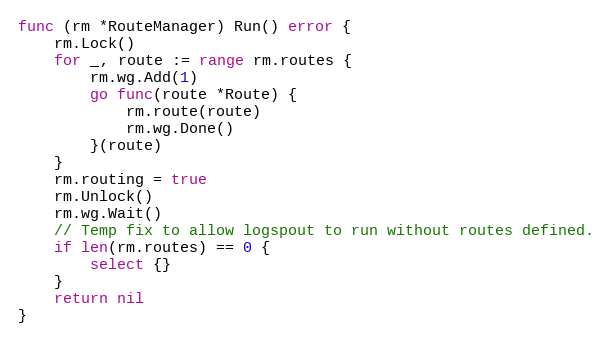
Language: Go
func (rm *RouteManager) Run() error {
	rm.Lock()
	for _, route := range rm.routes {
		rm.wg.Add(1)
		go func(route *Route) {
			rm.route(route)
			rm.wg.Done()
		}(route)
	}
	rm.routing = true
	rm.Unlock()
	rm.wg.Wait()
	// Temp fix to allow logspout to run without routes defined.
	if len(rm.routes) == 0 {
		select {}
	}
	return nil
}